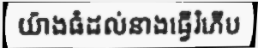
យ៉ាងធំដល់នាងធ្វើរំភើប